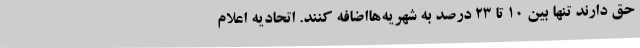
حق دارند تنها بین 10 تا 23 درصد به شهریه‌هااضافه کنند. اتحادیه اعلام